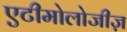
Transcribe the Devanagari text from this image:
एटीमोलोजीज़